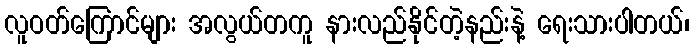
လူဝတ်ကြောင်များ အလွယ်တကူ နားလည်နိုင်တဲ့နည်းနဲ့ ရေးသားပါတယ်၊